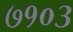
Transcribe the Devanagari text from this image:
७१०३